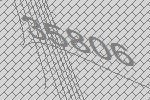
35806